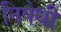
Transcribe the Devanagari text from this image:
निषेधी